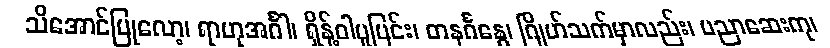
သိအောင်ပြုလော့၊ ရာဟုအင်္ဂါ၊ ရှိန့်ဝါပူပြင်း၊ တနင်္ဂနွေ၊ ဂြိုဟ်သက်မှာလည်း၊ ပညာဆေးကု၊